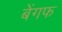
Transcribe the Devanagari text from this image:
बेंगफ